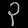
Digit: ၃